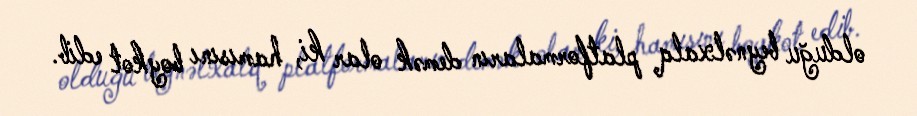
olduğu beynəlxalq platformaların demək olar ki, hamısını boykot edib.